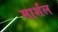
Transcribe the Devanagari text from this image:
मार्शंल